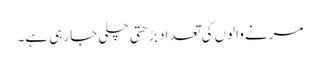
مرنے والوں کی تعداد بڑھتی چلی جا رہی ہے۔